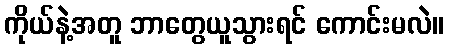
ကိုယ်နဲ့အတူ ဘာတွေယူသွားရင် ကောင်းမလဲ။